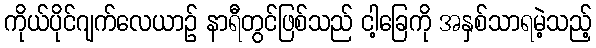
ကိုယ်ပိုင်ဂျက်လေယာဉ် နာရီတွင်ဖြစ်သည် ငါ့ခြေကို အနှစ်သာရမဲ့သည့်